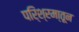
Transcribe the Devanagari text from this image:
परि्श्रमा्तून